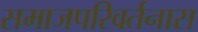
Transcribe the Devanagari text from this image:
समाजपरिवर्तनास